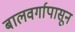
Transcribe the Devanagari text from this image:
बालवर्गापासून